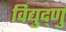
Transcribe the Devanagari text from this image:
विद्युद्णु